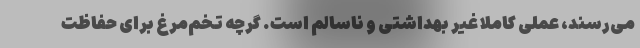
می‌رسند، عملی کاملا غیر بهداشتی و ناسالم است. گرچه تخم‌مرغ برای حفاظت